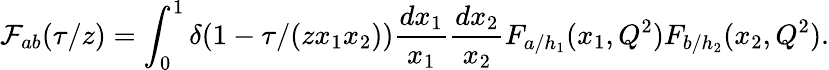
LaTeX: {\cal F}_{ab}(\tau/z)=\int_{0}^{1}\delta(1-\tau/(zx_{1}x_{2})){\frac{dx_{1}}{x_{1}}}{\frac{dx_{2}}{x_{2}}}F_{a/h_{1}}(x_{1},Q^{2})F_{b/h_{2}}(x_{2},Q^{2}).